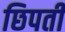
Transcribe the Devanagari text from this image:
छिपती